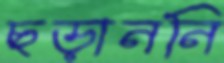
ছড়াননি